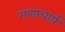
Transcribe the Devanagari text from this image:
गणाचार्य